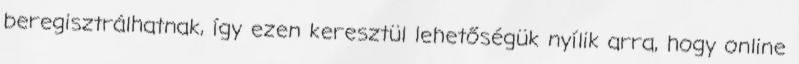
beregisztrálhatnak, így ezen keresztül lehetőségük nyílik arra, hogy online